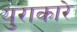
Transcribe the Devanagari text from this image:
युराकारे